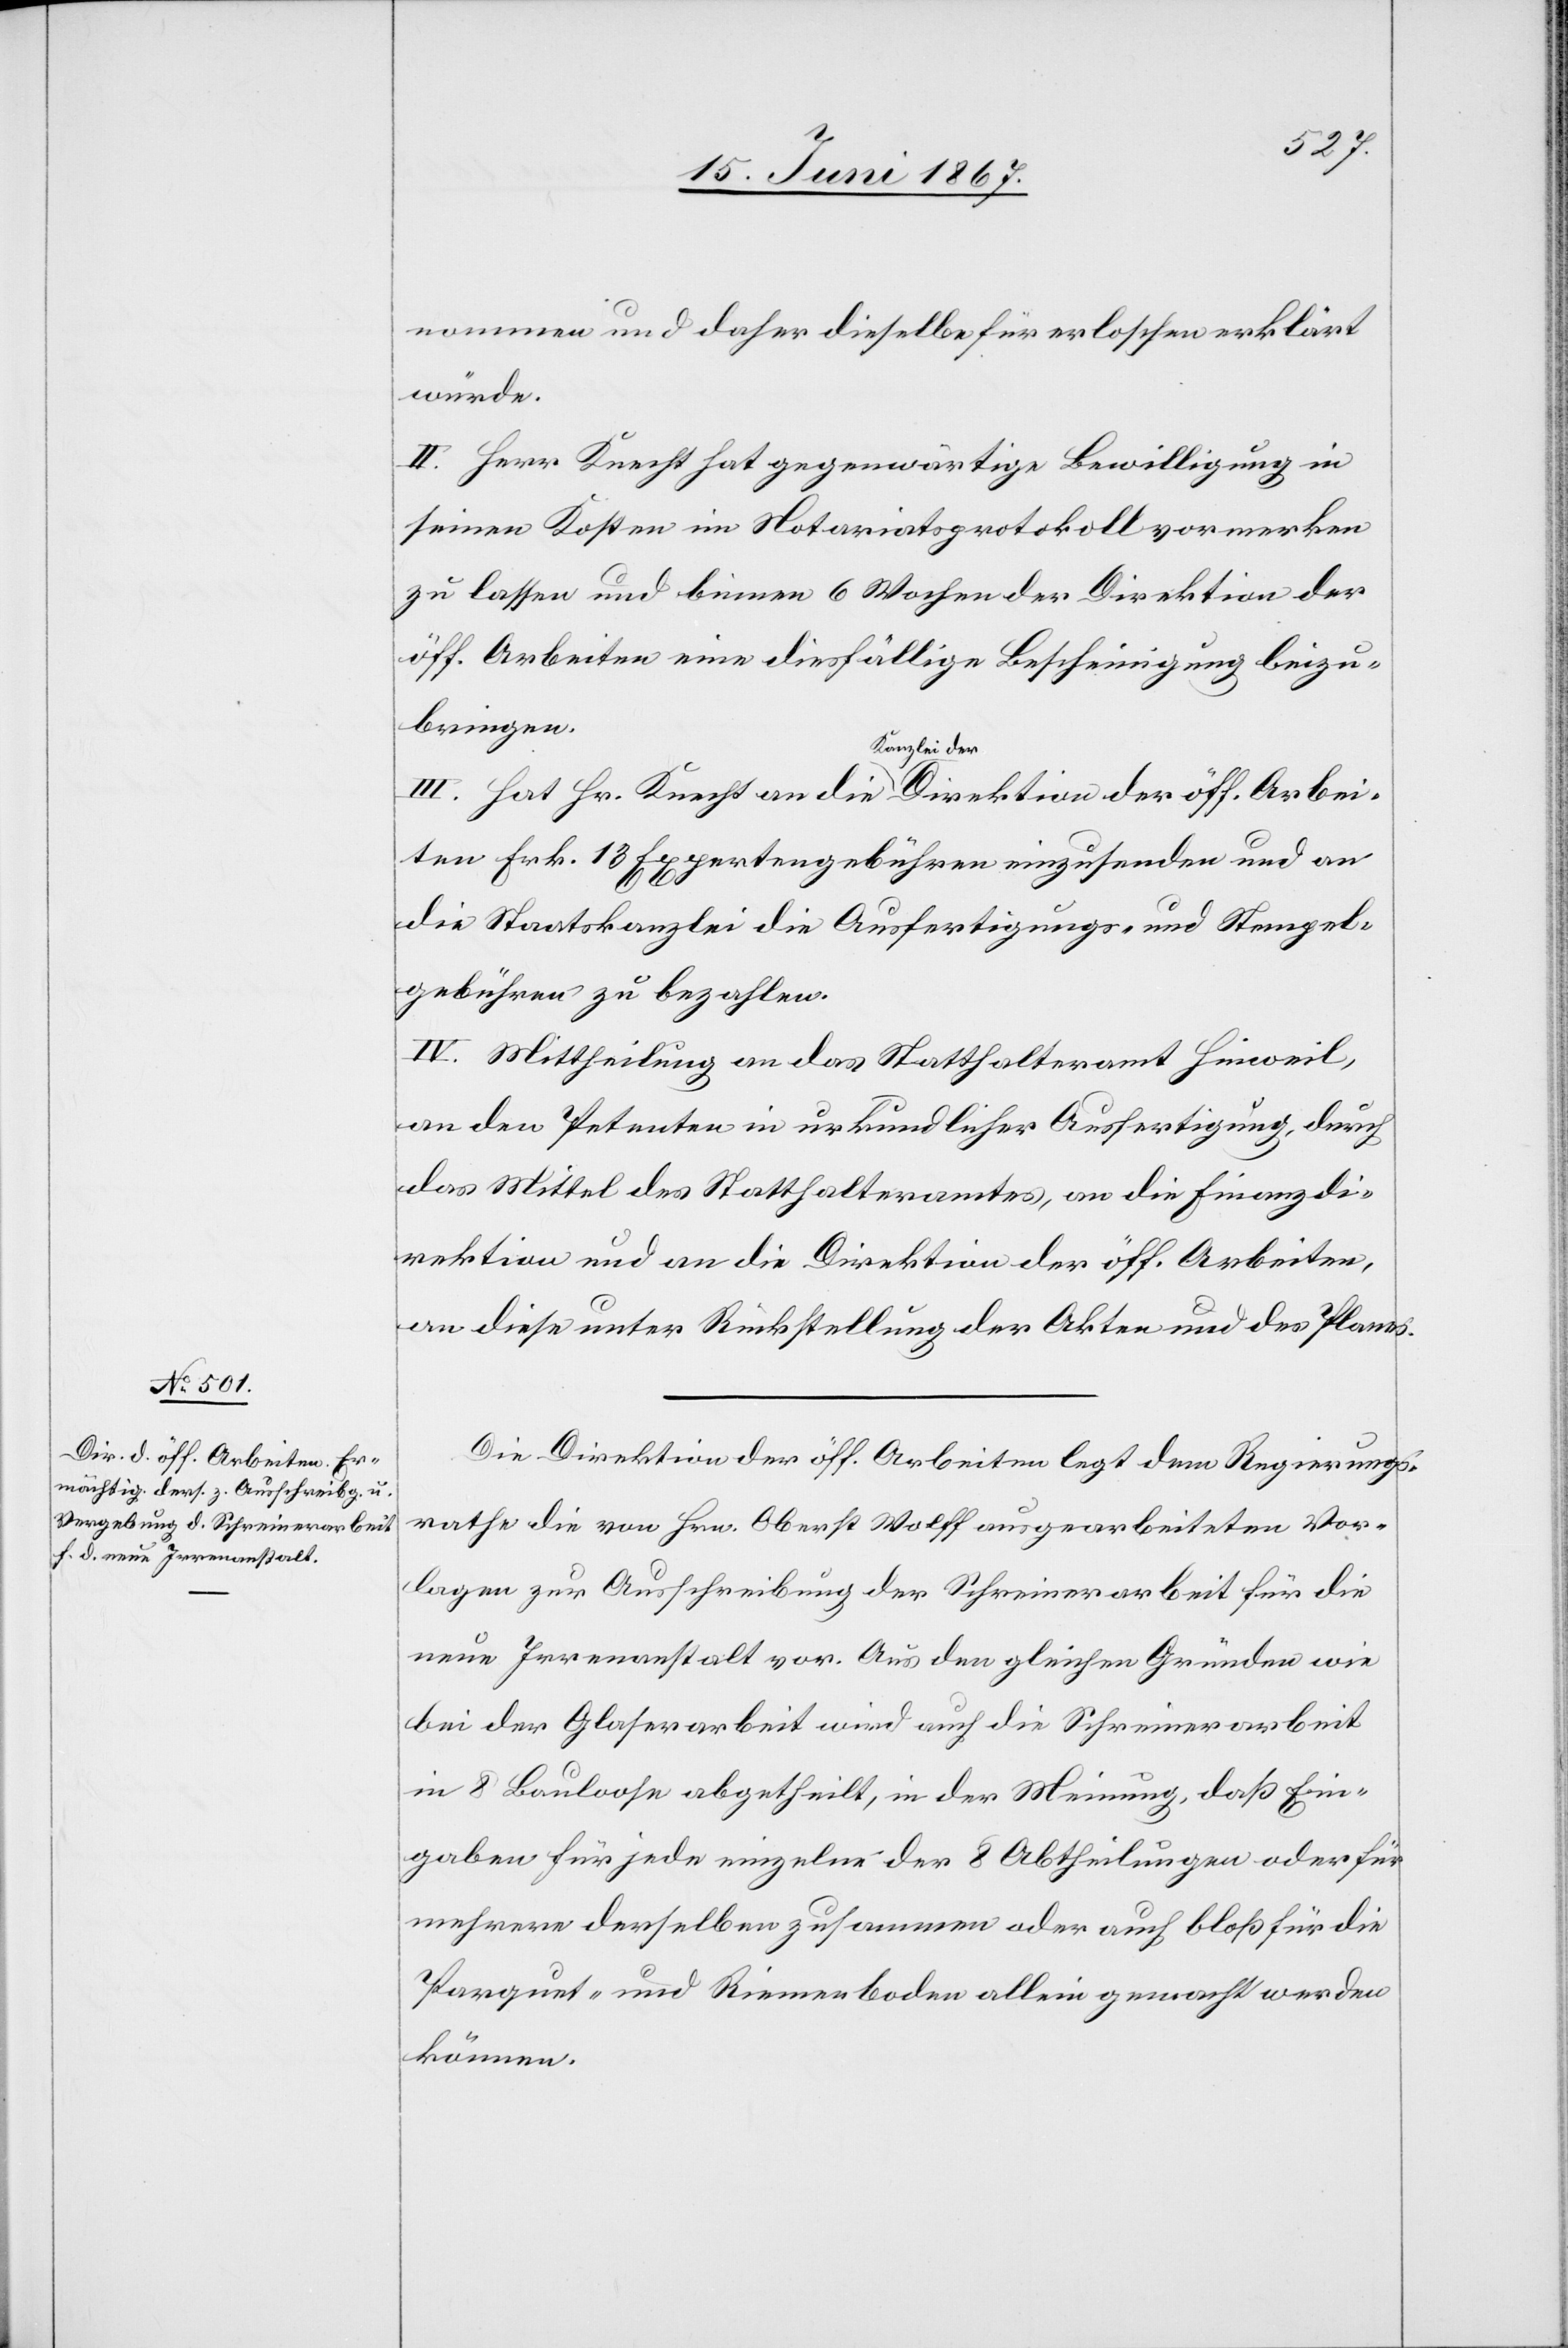
nommen und daher dieselbe für erloschen erklärt
würde.
II. Herr Knecht hat gegenwärtige Bewilligung in
seinen Kosten im Notariatsprotokoll vormerken
zu lassen und binnen 6 Wochen der Direktion der
öff. Arbeiten eine diesfällige Bescheinigung beizu¬
bringen.
III. Hat Hr. Knecht an die Kanzlei der Direktion der öff. Arbei¬
ten Frk. 13 Expertengebühren einzusenden und an
die Staatskanzlei die Ausfertigungs- und Stempel¬
gebühren zu bezahlen.
IV. Mittheilung an das Statthalteramt Hinweil,
an den Petenten in urkundlicher Ausfertigung, durch
das Mittel des Statthalteramtes, an die Finanzdi¬
rektion und an die Direktion der öff. Arbeiten,
an diese unter Rückstellung der Akten und des Planes.
Die Direktion der öff. Arbeiten legt dem Regierungs¬
rathe die von Hrn. Oberst Wolff ausgearbeiteten Vor¬
lagen zur Ausschreibung der Schreinerarbeit für die
neue Irrenanstalt vor. Aus den gleichen Gründen wie
bei der Glaserarbeit wird auch die Schreinerarbeit
in 8 Bauloose abgetheilt, in der Meinung, daß Ein¬
gaben für jede einzelne der 8 Abtheilungen oder für
mehrere derselben zusammen oder auch bloß für die
Parquet- und Riemenboden allein gemacht werden
können.